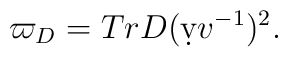
\varpi_{D}= Tr D(\d vv^{-1})^{2}.